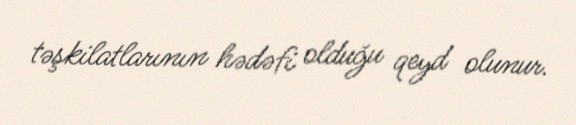
təşkilatlarının hədəfi olduğu qeyd olunur.